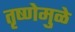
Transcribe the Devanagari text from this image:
तृष्णेमुळे